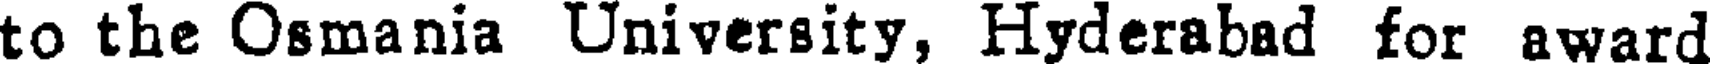
to the Osmania University, Hyderabad for award